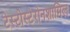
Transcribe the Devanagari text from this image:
टेस्टोस्टेरोनशामिल